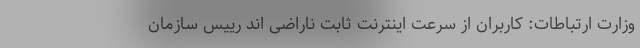
وزارت ارتباطات: کاربران از سرعت اینترنت ثابت ناراضی اند رییس سازمان